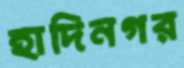
হাদিনগর